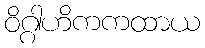
ဝိဂ္ဂါဟိကကထာယ